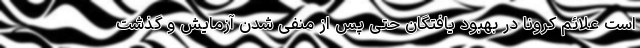
است علائم کرونا در بهبود یافتگان حتی پس از منفی شدن آزمایش و گذشت